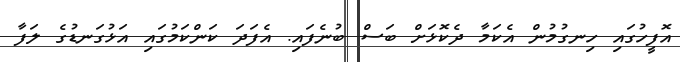
އޮފީހުގައި ހިނގުމުން އެކަމާ ދެކޮޅަށް ބަސް ބުނެފައި. އެފަދަ ކަންކަމުގައި އަޅުގަނޑުގެ ލަފާ